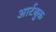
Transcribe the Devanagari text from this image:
आर्टबुक